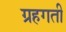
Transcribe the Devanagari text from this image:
ग्रहगती